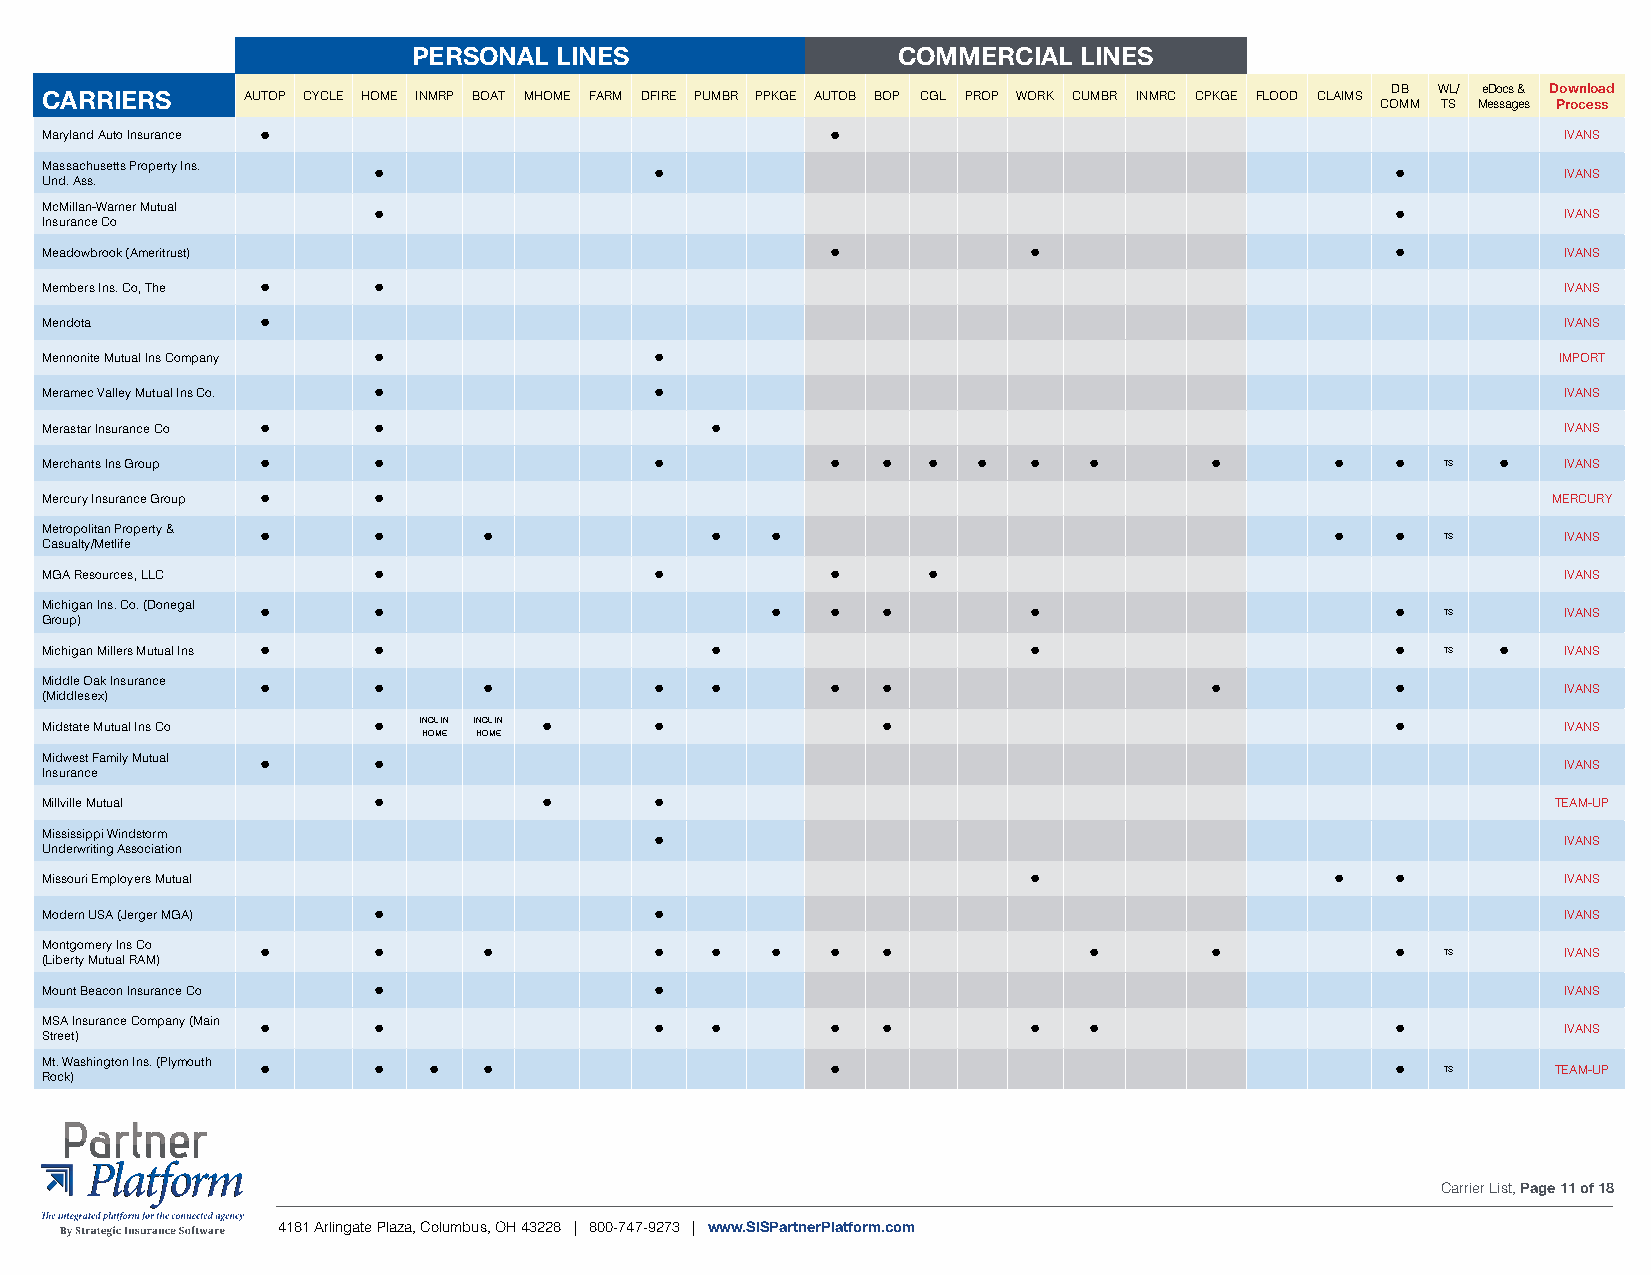
PERSONAL  LINES                 COMMERCIAL  LINES
 CARRIERS     AUTOP CYCLE HOME INMRP BOAT MHOME FARM DFIRE PUMBR PPKGE AUTOB BOP CGL PROP WORK CUMBR INMRC CPKGE FLOOD CLAIMS DB WL/ eDocs & Download
 COMM TS Messages Process
 Maryland Auto Insurance •                           •                                               IVANS
 Massachusetts Property Ins. •           •                                                •          IVANS
 Und. Ass.
 McMillan-Warner Mutual •                                                                 •          IVANS
 Insurance Co
 Meadowbrook (Ameritrust)                            •            •                       •          IVANS
 Members Ins. Co, The • •                                                                            IVANS
 Mendota       •                                                                                     IVANS
 Mennonite Mutual Ins Company •          •                                                           IMPORT
 Meramec Valley Mutual Ins Co. •         •                                                           IVANS
 Merastar Insurance Co • •                   •                                                       IVANS
 Merchants Ins Group • •                 •           •  •  •   •  •   •       •       •   •   TS •   IVANS
 Mercury Insurance Group • •                                                                         MERCURY
 M Cae str uo ap lto yl /it Man e tP lifr eoperty & • • • • •                         •   •   TS     IVANS
 MGA Resources, LLC    •                 •           •     •                                         IVANS
 M Gric oh ui pg )an Ins. Co. (Donegal • •       •   •  •         •                       •   TS     IVANS
 Michigan Millers Mutual Ins • •             •                    •                       •   TS •   IVANS
 Middle Oak Insurance • •     •          •   •       •  •                     •           •          IVANS
 (Middlesex)
 Midstate Mutual Ins Co • INCL IN INCL IN • •           •                                 •          IVANS
 HOME HOME
 Midwest Family Mutual • •                                                                           IVANS
 Insurance
 Millville Mutual      •          •      •                                                           TEAM-UP
 Mississippi Windstorm                   •                                                           IVANS
 Underwriting Association
 Missouri Employers Mutual                                        •                   •   •          IVANS
 Modern USA (Jerger MGA) •               •                                                           IVANS
 M (Lo ibn etg rto y m Me ur ty u aIn l s R C Ao M ) • • • • • • • •  •       •           •   TS     IVANS
 Mount Beacon Insurance Co •             •                                                           IVANS
 MSA Insurance Company (Main • •         •   •       •  •         •   •                   •          IVANS
 Street)
 M Rot. c W k)ashington Ins. (Plymouth • • • •       •                                    •   TS     TEAM-UP
 Carrier List, Page 11 of 18
 4181 Arlingate Plaza, Columbus, OH 43228 | 800-747-9273 | www.SISPartnerPlatform.com